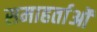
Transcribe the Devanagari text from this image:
समाहर्ताओं